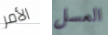
الأمر العسل